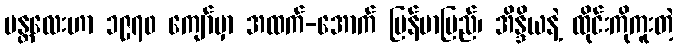
မန္တလေးဟာ ၁၉၇၀ ကျော်မှာ အထက်-အောက် မြန်မာပြည်၊ အိန္ဒိယနဲ့ ထိုင်းကိုကူးတဲ့